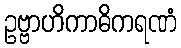
ဥဗ္ဗာဟိကာဓိကရဏံ